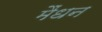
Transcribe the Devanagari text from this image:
मैंधन